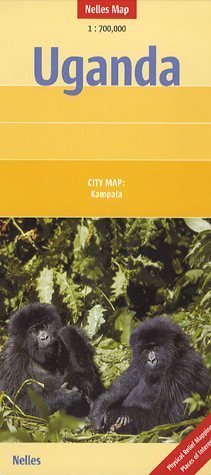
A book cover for Uganda Map by Nelles (Nelles Maps) 2008***; Nelles vERLAG; Travel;